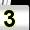
Digit: 3